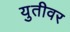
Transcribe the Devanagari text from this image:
युतीवर